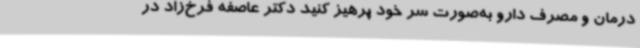
درمان و مصرف دارو به‌صورت سر خود پرهیز کنید دکتر عاصفه فرخ‌زاد در